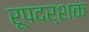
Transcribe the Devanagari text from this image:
रूपदर्शक